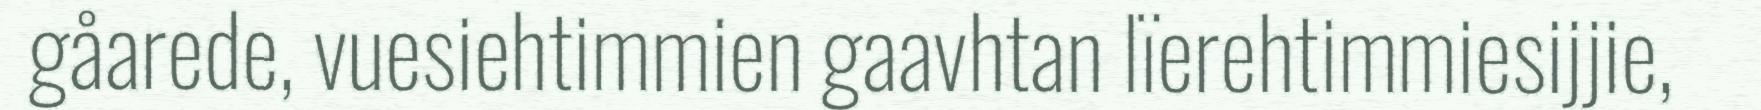
gåarede, vuesiehtimmien gaavhtan lïerehtimmiesijjie,